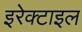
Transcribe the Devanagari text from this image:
इरेक्टाइल